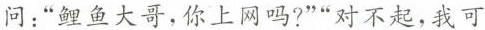
问：”鲤鱼大哥，你上网吗?””对不起，我可